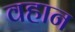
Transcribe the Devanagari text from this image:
वहान